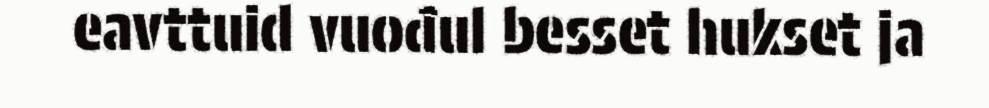
eavttuid vuođul besset hukset ja